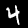
Digit: 4